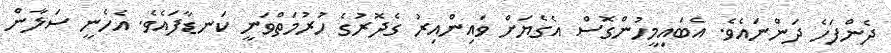
ދެންފަހެ ދަންނައެވެ. އެބައިމީހުންގޮސް އެގެޔަށް ވައިންއިރު ގެދޮރުގެ ހުރުމަތްވަނީ ކަނޑާފައެވެ. އެހެނީ ސަލާން